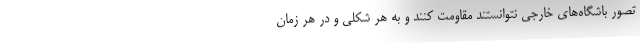
تصور باشگاه‌های خارجی نتوانستند مقاومت کنند و به هر شکلی و در هر زمان